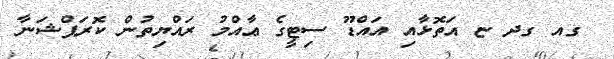
ގއ ގދ ޏ އަތޮޅާއި އައްޑޫ ސިޓީގެ ޢާއްމު ރައްޔިތުން ކޮރަޕްޝަނާ